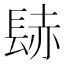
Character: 𨲂